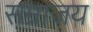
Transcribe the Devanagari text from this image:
सम्राजय